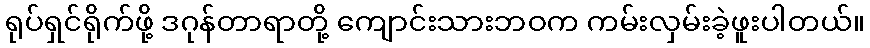
ရုပ်ရှင်ရိုက်ဖို့ ဒဂုန်တာရာတို့ ကျောင်းသားဘဝက ကမ်းလှမ်းခဲ့ဖူးပါတယ်။